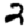
Digit: 2